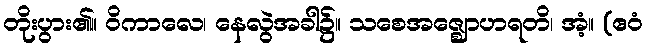
တိုးပွား၏။ ဝိကာလေ၊ နေလွဲအခါ၌။ သစေအဇ္ဈောဟရတိ၊ အံ့။ (ဧဝံ